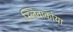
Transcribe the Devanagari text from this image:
स्लिवाकोया